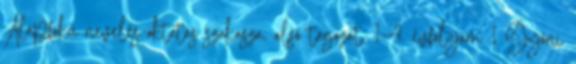
Alapfokú nevelés-oktatás szakasza, alsó tagozat, 1-4. évfolyam 1 Gyóni